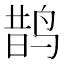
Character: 鹊